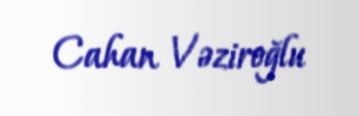
Cahan Vəziroğlu